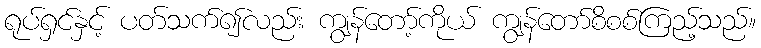
ရုပ်ရှင်နှင့် ပတ်သက်၍လည်း ကျွန်တော့်ကိုယ် ကျွန်တော်စိစစ်ကြည့်သည်။